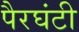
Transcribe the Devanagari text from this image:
पैरघंटी